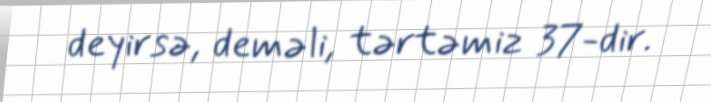
deyirsə, deməli, tərtəmiz 37-dir.